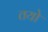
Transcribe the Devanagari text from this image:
तयो